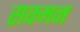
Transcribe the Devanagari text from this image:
सक्मन